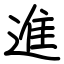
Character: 進